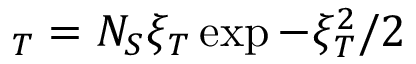
_ T = N _ { S } \xi _ { T } \exp { - \xi _ { T } ^ { 2 } / 2 }